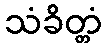
သံခိတ္တံ